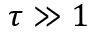
\tau \gg 1